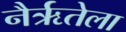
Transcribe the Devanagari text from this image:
नैर्ऋतेला